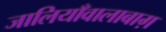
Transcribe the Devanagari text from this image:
जालियाँवालाबाग़